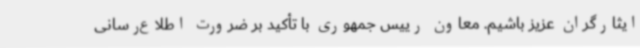
ایثارگران عزیز باشیم. معاون رییس جمهوری با تأکید بر ضرورت اطلاع‌رسانی